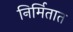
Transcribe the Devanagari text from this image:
निर्मितात